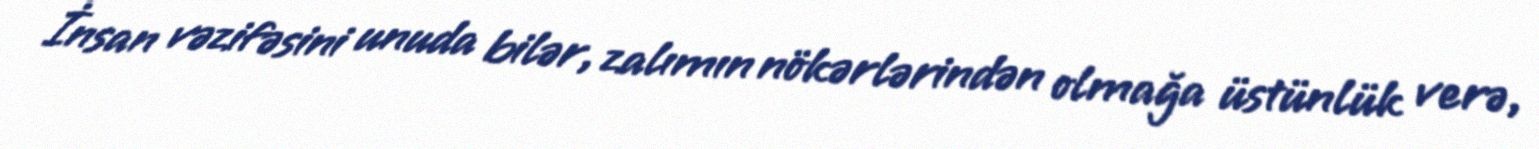
İnsan vəzifəsini unuda bilər, zalımın nökərlərindən olmağa üstünlük verə,